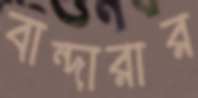
বান্দারার